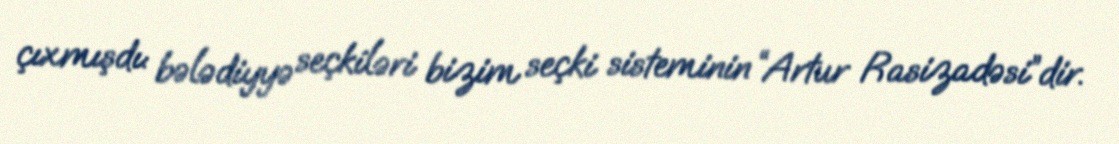
çıxmışdı: bələdiyyə seçkiləri bizim seçki sisteminin “Artur Rasizadəsi”dir.